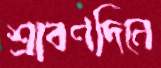
শ্রাবণদিনে